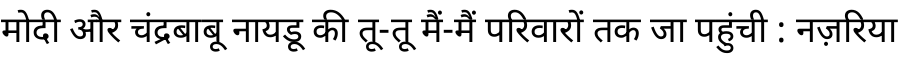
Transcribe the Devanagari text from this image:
मोदी और चंद्रबाबू नायडू की तू-तू मैं-मैं परिवारों तक जा पहुंची : नज़रिया